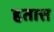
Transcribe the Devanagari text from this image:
हतात्त